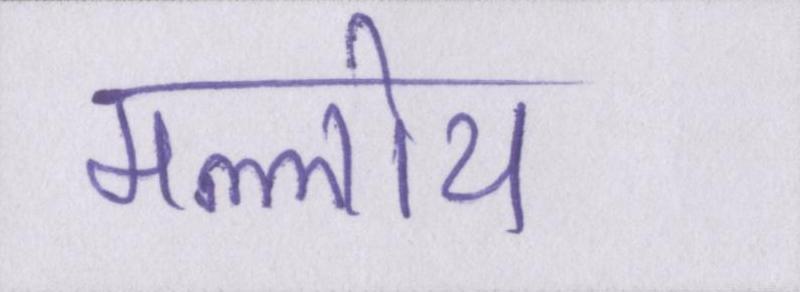
मल्लोय